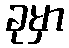
ခုမှာ